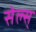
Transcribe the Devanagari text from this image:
सेल्स्